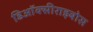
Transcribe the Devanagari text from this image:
डिऑक्सीराइबोस